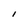
Character: I